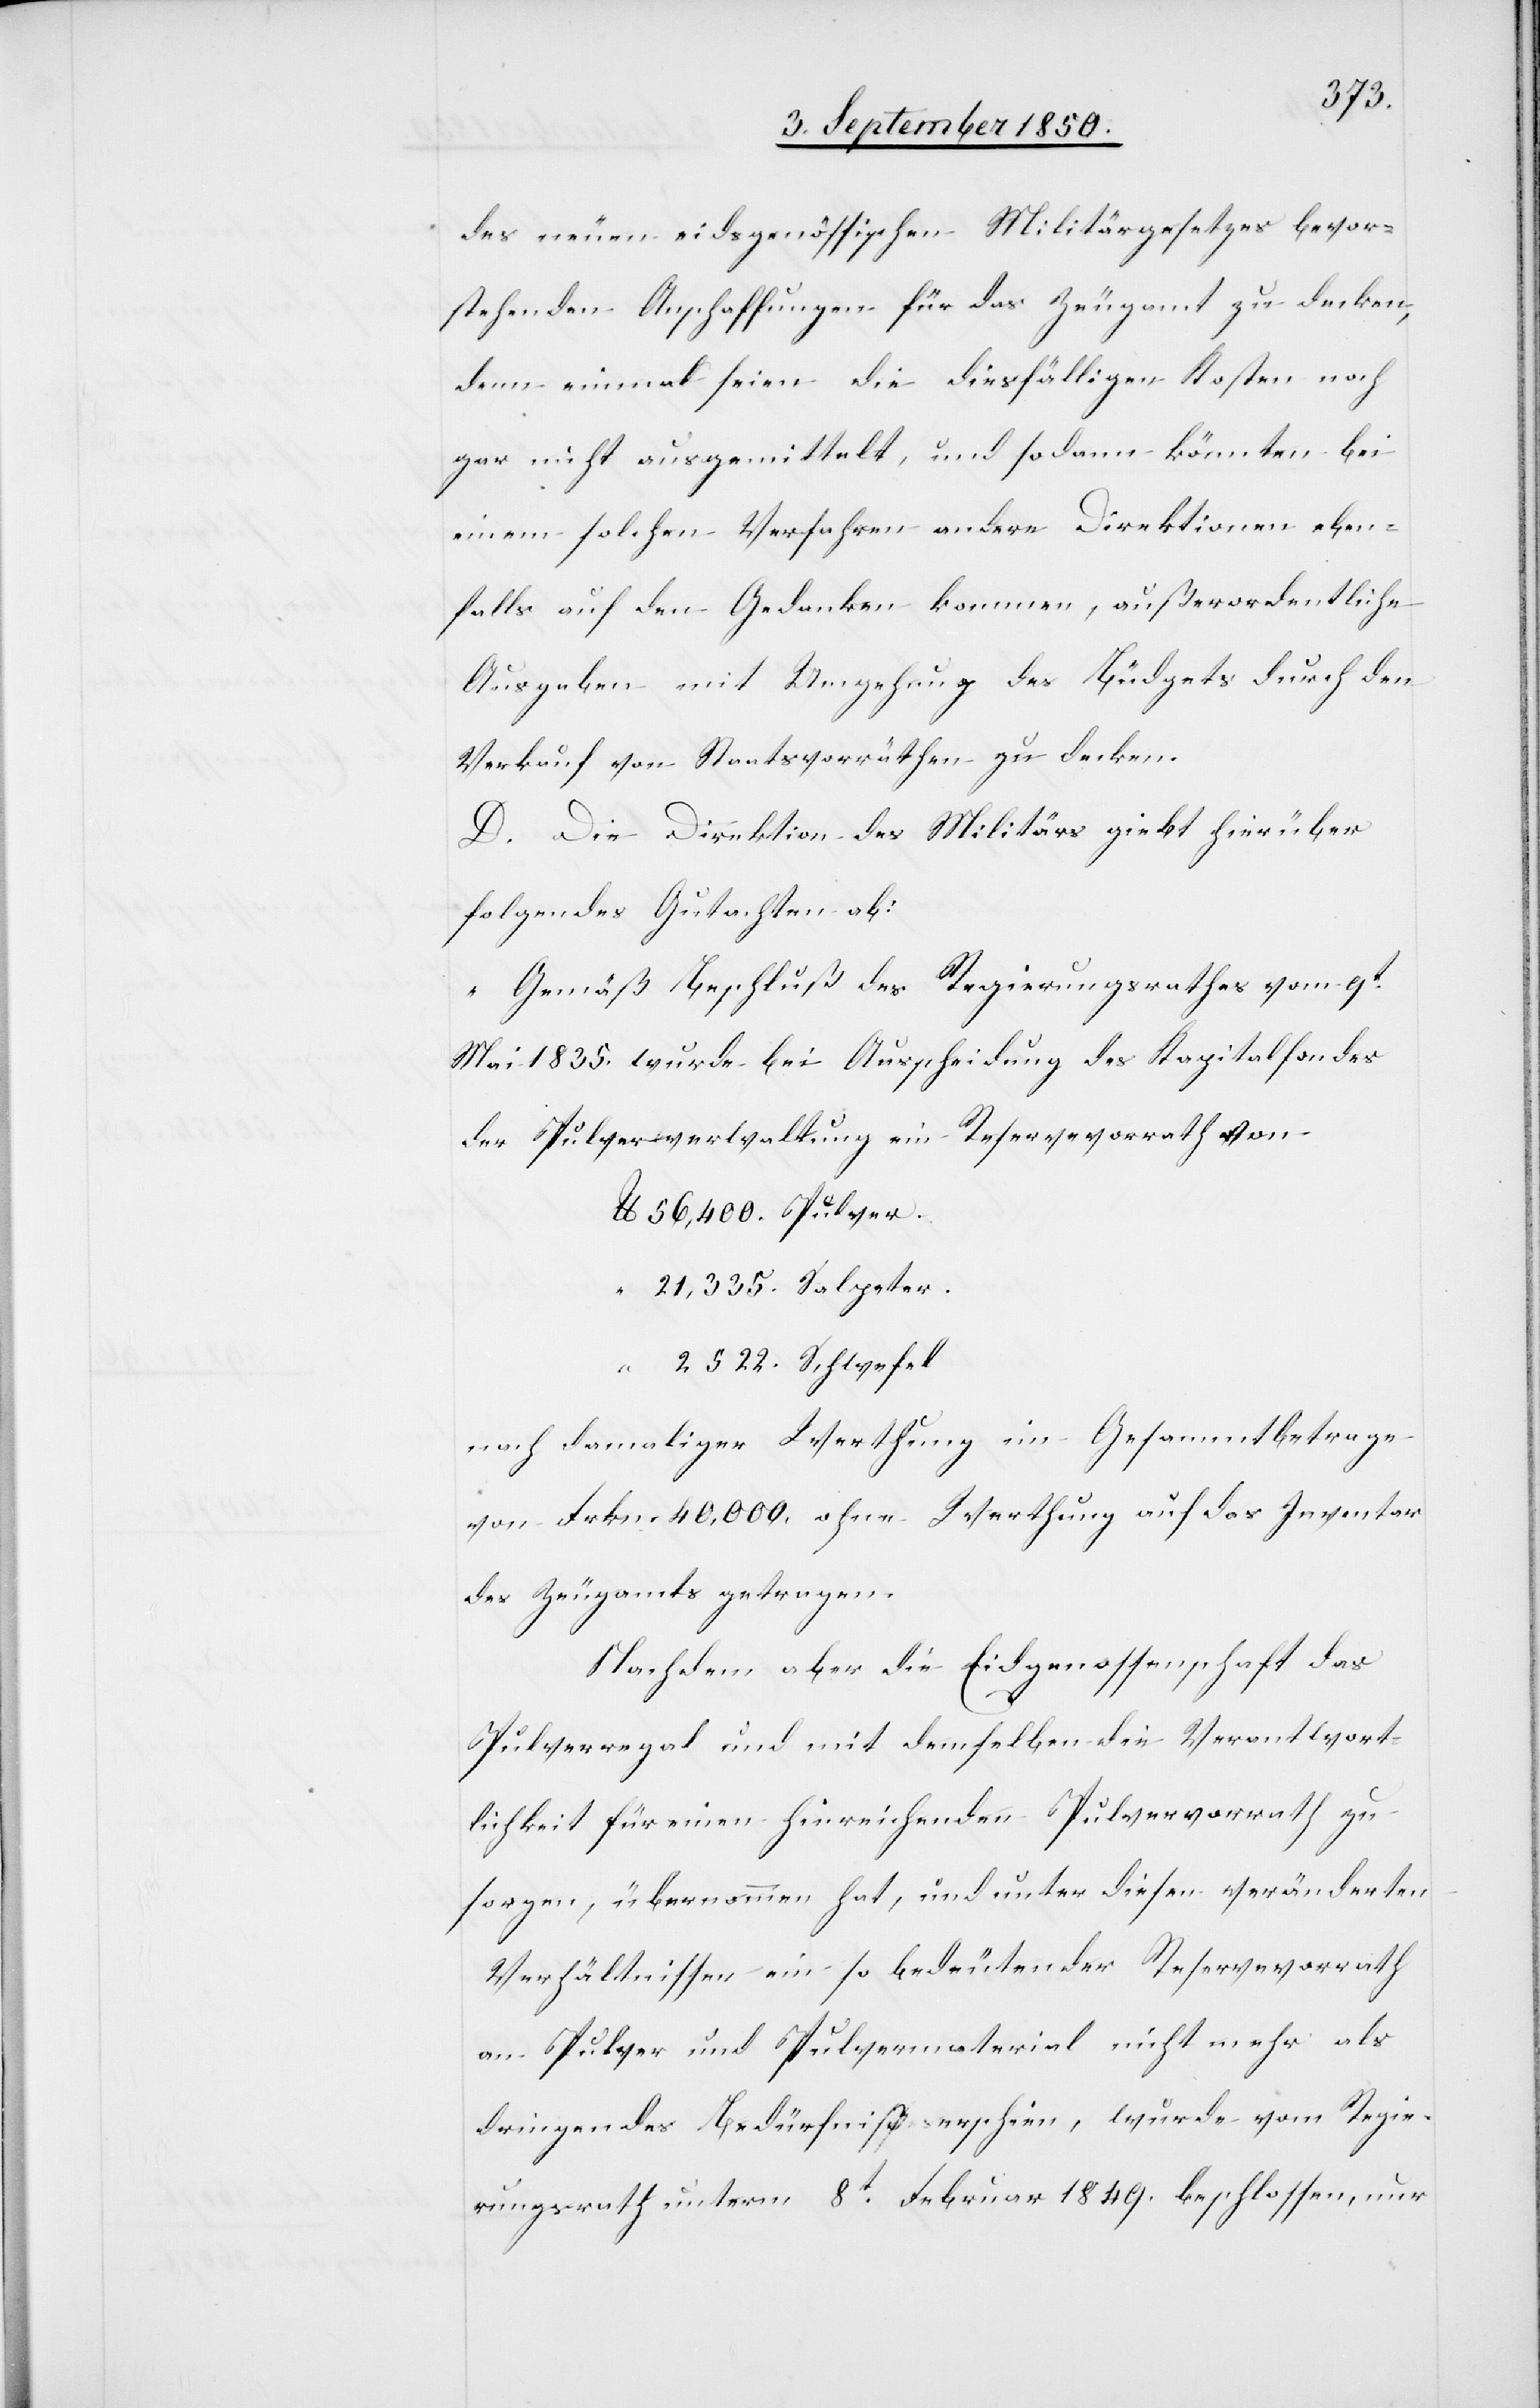
des neuen eidsgenössischen Militärgesetzes bevor¬
stehenden Anschaffungen für das Zeugamt zu decken,
denn einmal seien die diesfälligen Kosten noch
gar nicht ausgemittelt, und sodann könnten bei
einem solchen Verfahren andere Direktionen eben¬
falls auf den Gedanken kommen, außerordentliche
Ausgaben mit Umgehung des Büdgets durch den
Verkauf von Staatsvorräthen zu decken.
D. Die Direktion des Militärs giebt hierüber
folgendes Gutachten ab:
„Gemäß Beschluß des Regierungsrathes vom 9t
Mai 1835. wurde bei Ausscheidung des Kapitalfondes
der Pulververwaltung ein Reservevorrath von
nach damaliger Werthung im Gesammtbetrage
von Frkn. 40,000. ohne Werthung auf das Inventar
des Zeugamts getragen.
Nachdem aber die Eidgenossenschaft das
Pulverregal und mit demselben die Verantwort¬
lichkeit für einen hinreichenden Pulvervorrath zu
sorgen, übernommen hat, und unter diesen veränderten
Verhältnissen ein so bedeutender Reservevorrath
an Pulver und Pulvermaterial nicht mehr als
dringendes Bedürfniß erschien, wurde vom Regie¬
rungsrath unterm 8t Februar 1849. beschlossen, nur